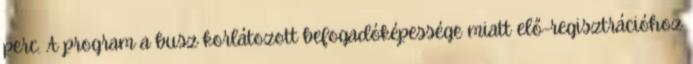
perc. A program a busz korlátozott befogadóképessége miatt elő-regisztrációhoz